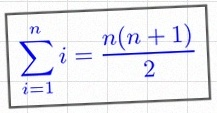
\sum_{i=1}^{n}i=\frac{n(n+1)}2